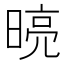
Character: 𭦾